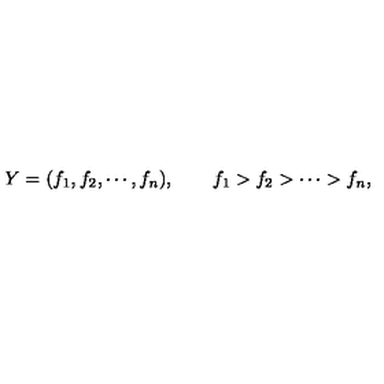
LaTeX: Y = ( f _ { 1 } , f _ { 2 } , \cdots , f _ { n } ) , \qquad f _ { 1 } > f _ { 2 } > \cdots > f _ { n } ,